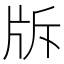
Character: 𤖴